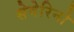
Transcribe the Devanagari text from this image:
सेवेरिनो